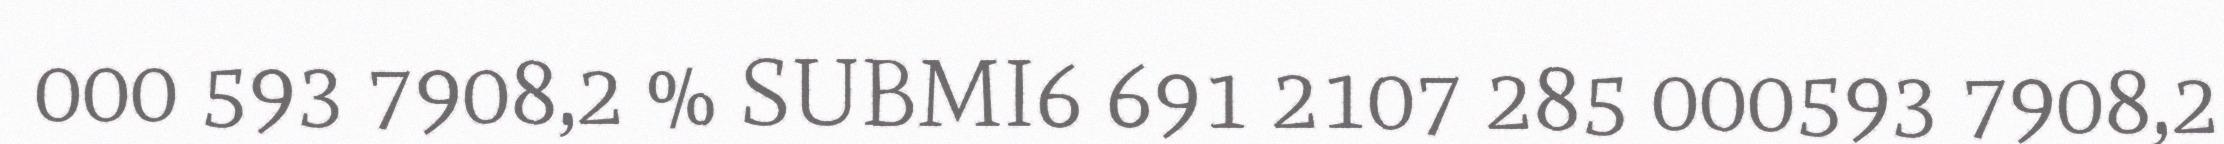
000 593 7908,2 % SUBMI6 691 2107 285 000593 7908,2